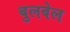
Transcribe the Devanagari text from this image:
बुलवेल